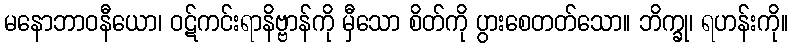
မနောဘာဝနီယော၊ ဝဋ်ကင်းရာနိဗ္ဗာန်ကို မှီသော စိတ်ကို ပွားစေတတ်သော။ ဘိက္ခု၊ ရဟန်းကို။